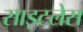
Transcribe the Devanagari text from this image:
साइटलेस